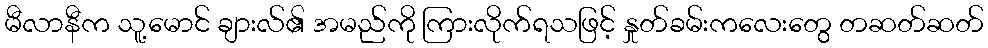
မီလာနီက သူ့မောင် ချားလ်၏ အမည်ကို ကြားလိုက်ရသဖြင့် နှုတ်ခမ်းကလေးတွေ တဆတ်ဆတ်